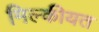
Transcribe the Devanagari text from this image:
मिल्कीयत